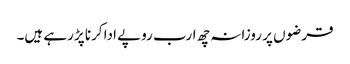
قرضوں پر روزانہ چھ ارب روپے ادا کرنا پڑرہے ہیں۔